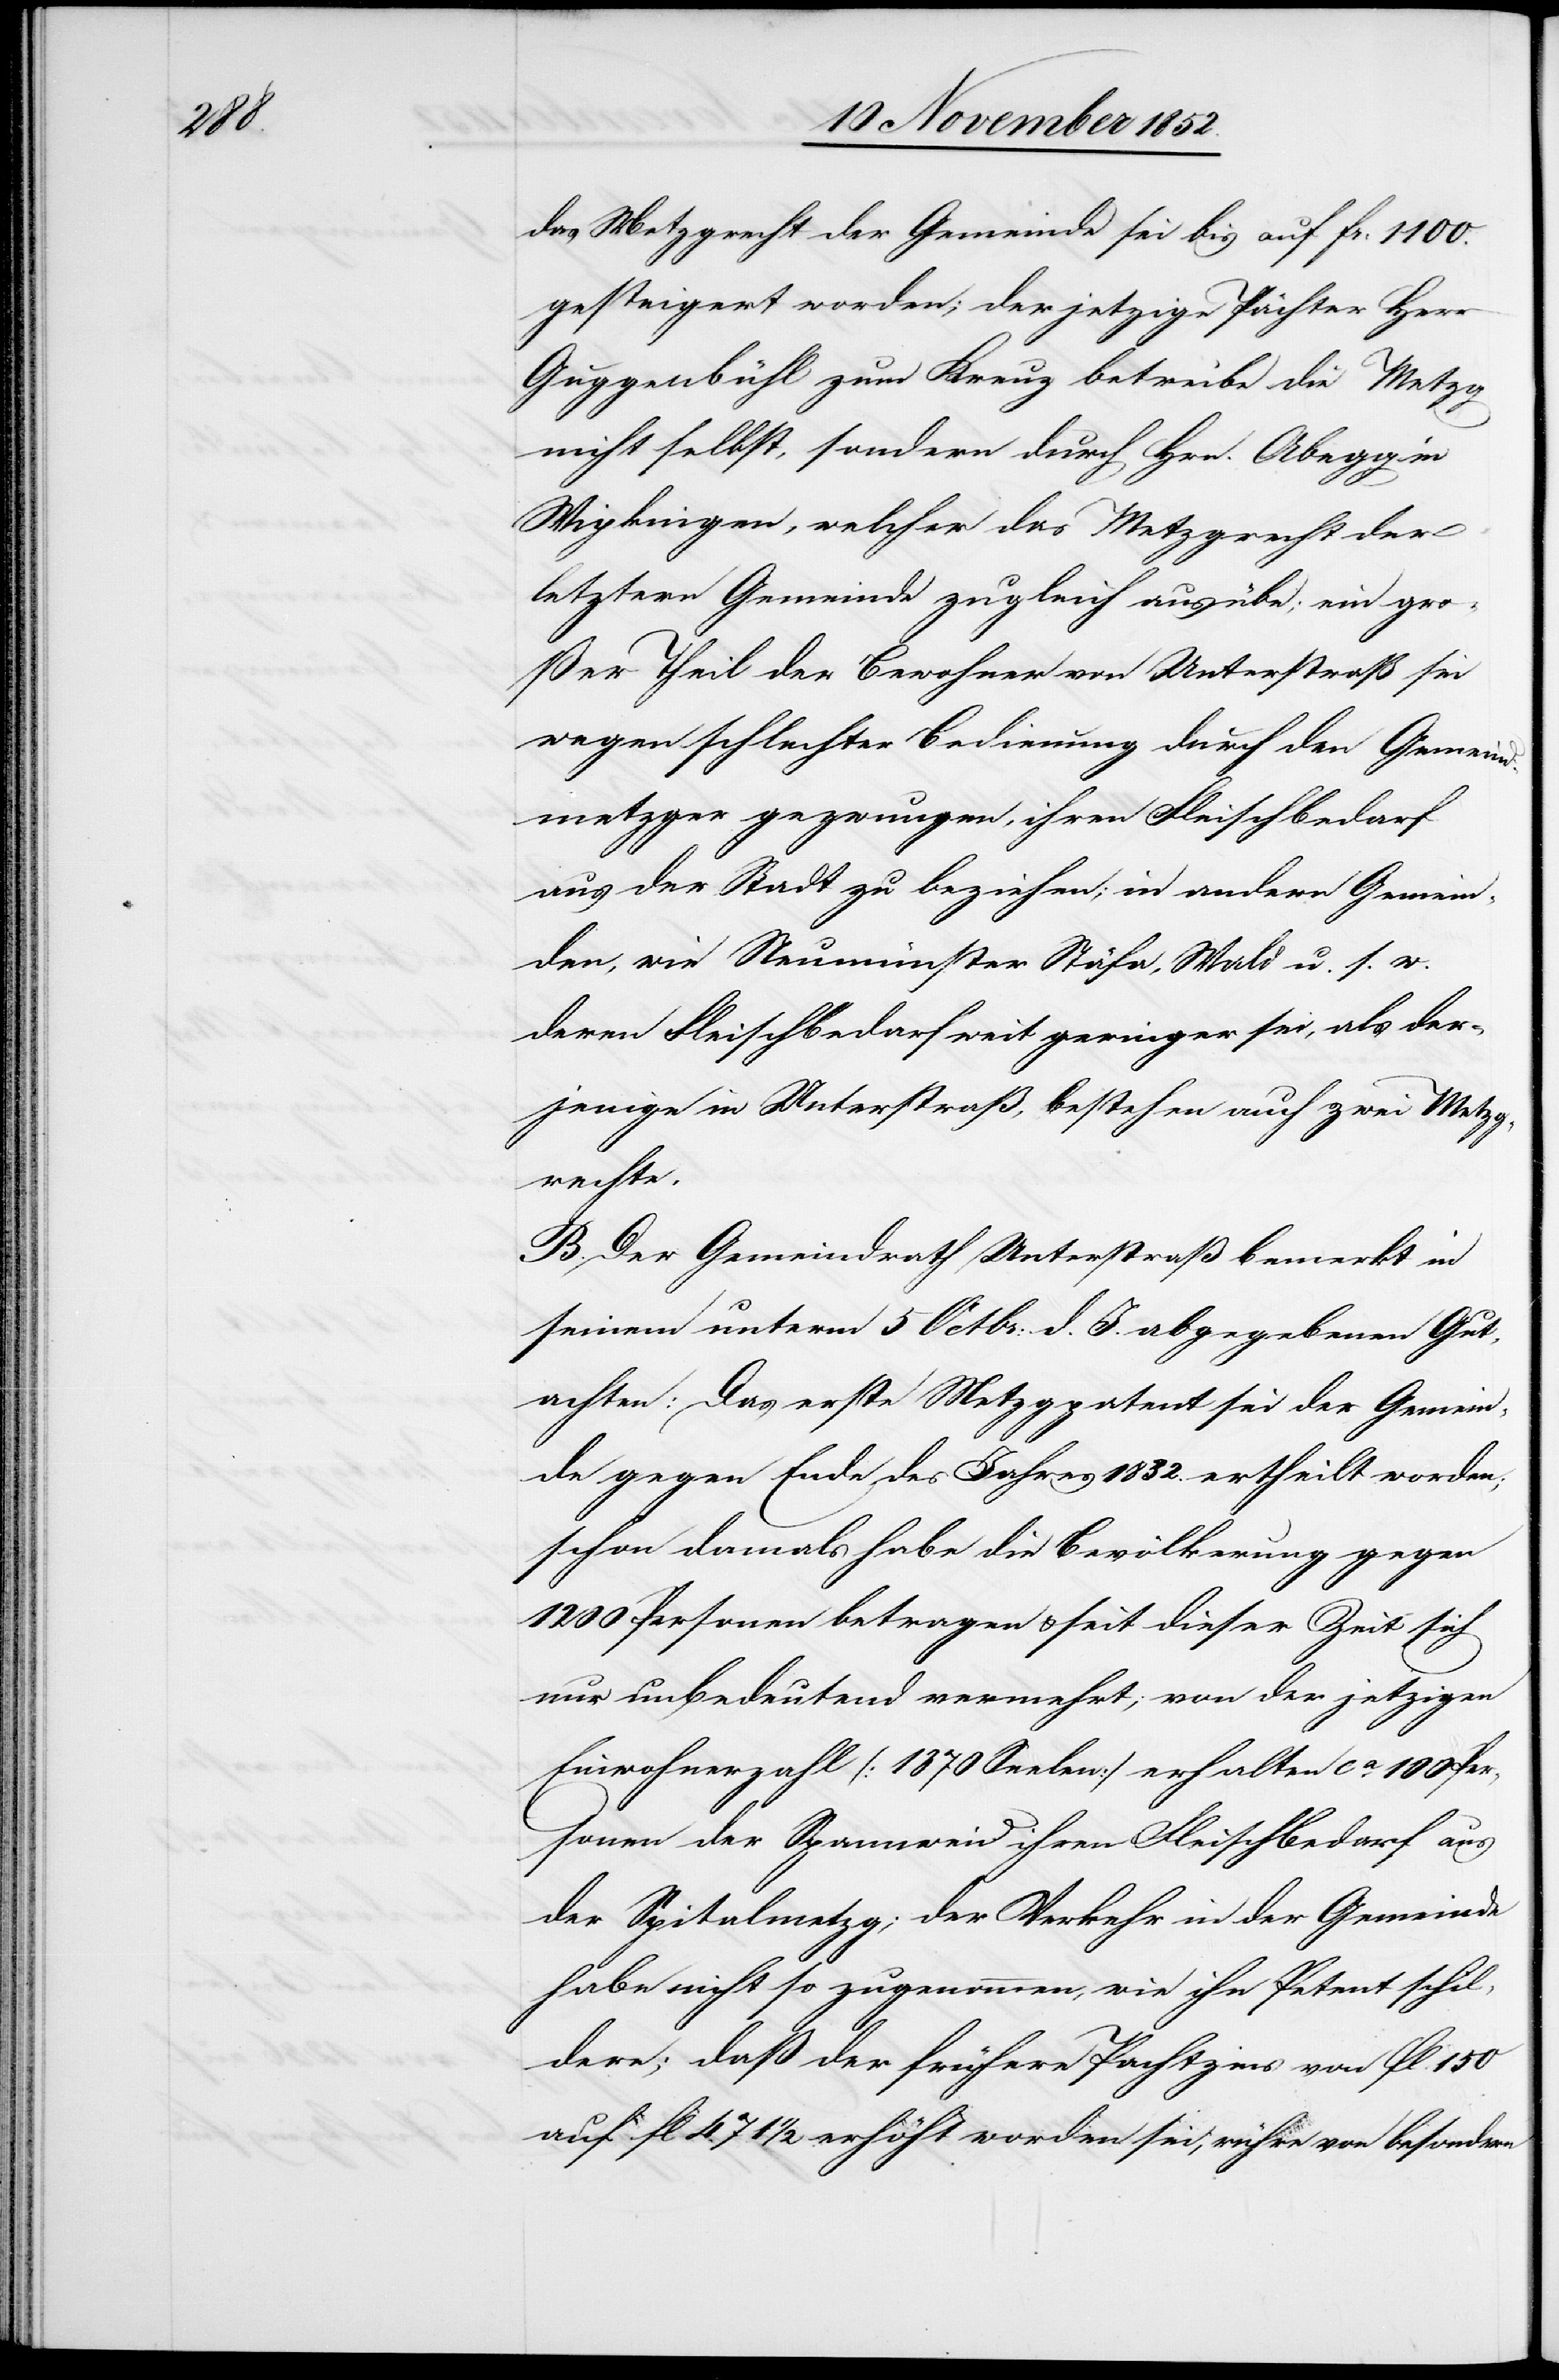
das Metzgrecht der Gemeinde sei bis auf Fr: 1100.
gesteigert worden; der jetzige Pächter Herr
Guggenbühl zum Kreuz betreibe die Metzg
nicht selbst, sondern durch Hrn. Abegg in
Wipkingen, welcher das Metzgrecht der
letztern Gemeinde zugleich ausübe; ein gro¬
ßer Theil der Bewohner von Unterstraß sei
wegen schlechter Bedienung durch den Gemeind¬
metzger gezwungen, ihren Fleischbedarf
aus der Stadt zu beziehen; in andern Gemein¬
den, wie Neumünster[,] Stäfa, Wald u. s. w.
deren Fleischbedarf weit geringer sei, als der¬
jenige in Unterstraß, bestehen auch zwei Metzg¬
rechte.
B. Der Gemeindrath Unterstraß bemerkt in
seinem unterm 5 Octbr: d. J. abgegebenen Gut¬
achten: Das erste Metzgpatent sei der Gemein¬
de gegen Ende des Jahres 1832. ertheilt worden;
schon damals habe die Bevölkerung gegen
1200 Personen betragen & seit dieser Zeit sich
nur unbedeutend vermehrt; von der jetzigen
Einwohnerzahl [1370 Seelen] erhalten ca. 100 Per¬
sonen der Spannweid ihren Fleischbedarf aus
der Spitalmetzg; der Verkehr in der Gemeinde
habe nicht so zugenommen, wie ihn Petent schil¬
dere; daß der frühere Pachtzins von fl. 150
auf fl 471 1/2 erhöht worden sei, rühre von besondern